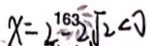
x = 2 - 2 \sqrt { 2 } < 0